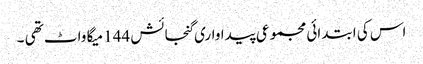
اس کی ابتدائی مجموعی پیداواری گنجائش 144 میگا واٹ تھی ۔